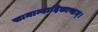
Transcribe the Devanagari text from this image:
सामान्यादिकाण्डम्।